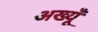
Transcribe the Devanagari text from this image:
अख्यूँ